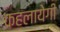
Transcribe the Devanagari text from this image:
कहलायेगी